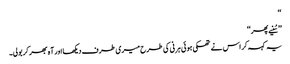
‘‘
’’سُنیے پھر‘‘
یہ کہہ کر اس نے تھکی ہوئی ہرنی کی طرح میری طرف دیکھا اور آہ بھر کربولی۔